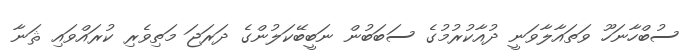
ސުބްހާނަހޫ ވަތައާލާވަނީ ދުއާކުރުމުގެ ސަބަބުން ނަބީބޭކަލުންގެ ދަރަޖަ މަތިވެރި ކުރައްވައި ޘަނާ